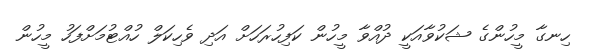
ހިނގާ މީހުންގެ ޝަކުވާއަކީ ދުއްވާ މީހުން ކަފިހުރަހަށް އަދި ވެހިކަލް ހުއްޓުމަށްފަހު މީހުން